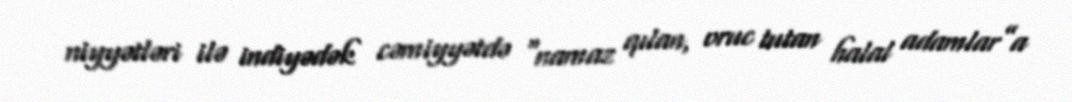
niyyətləri ilə indiyədək cəmiyyətdə “namaz qılan, oruc tutan halal adamlar”a